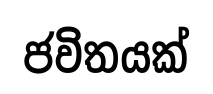
ජවිතයක්